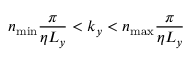
n _ { \mathrm { m i n } } \frac { \pi } { \eta L _ { y } } < k _ { y } < n _ { \mathrm { m a x } } \frac { \pi } { \eta L _ { y } }